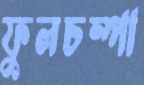
ফুলচম্পা